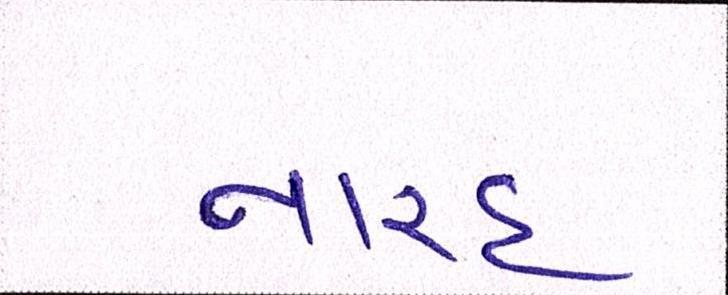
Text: નારદ